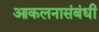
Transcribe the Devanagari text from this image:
आकलनासंबंधी